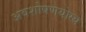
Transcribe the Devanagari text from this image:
अवशोषणयोग्य